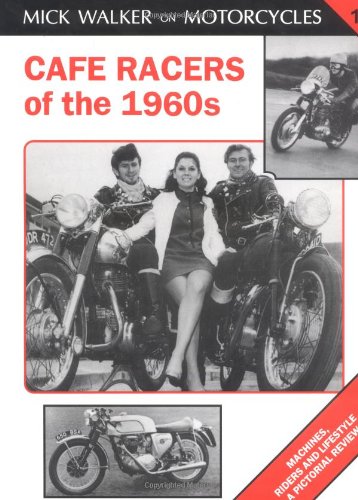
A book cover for Cafe Racers of the 1960s: Machines, Riders and Lifestyle a Pictorial Review (Mick Walker on Motorcycles); Mick Walker; Arts & Photography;